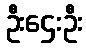
ဦးဌေးဦး